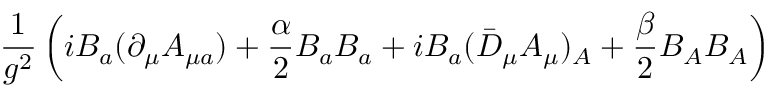
\frac { 1 } { g ^ { 2 } } \left( i B _ { a } ( \partial _ { \mu } A _ { \mu a } ) + \frac { \alpha } { 2 } B _ { a } B _ { a } + i B _ { a } ( \bar { D } _ { \mu } A _ { \mu } ) _ { A } + \frac { \beta } { 2 } B _ { A } B _ { A } \right)